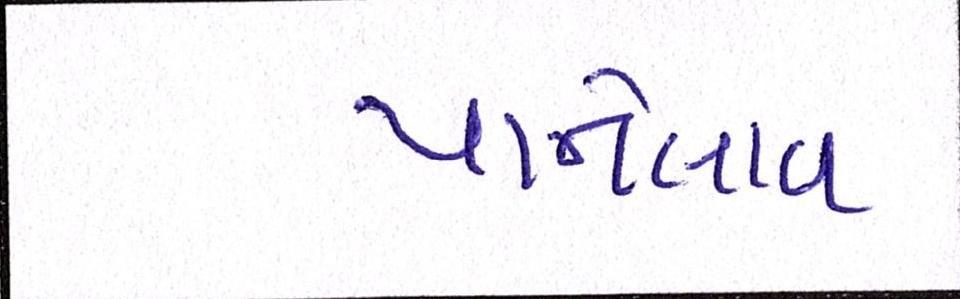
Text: પાનેલાવ